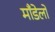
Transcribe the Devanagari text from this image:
माँडेलों